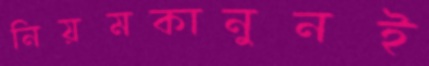
নিয়মকানুনই